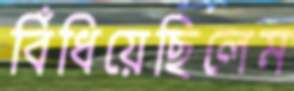
বিঁধিয়েছিলেম